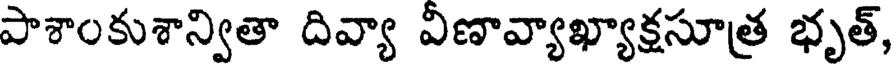
పాశాంకుశాన్వితా దివ్యా విణావ్యాఖ్యాక్షసూత్ర భృత్,